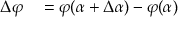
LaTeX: \begin{array} { r l } { \Delta \varphi } & { { } = \varphi ( \alpha + \Delta \alpha ) - \varphi ( \alpha ) } \end{array}